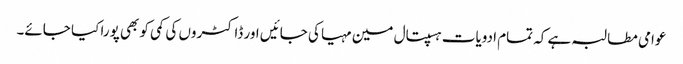
عوامی مطالبہ ہے کہ تمام ادویات ہسپتال مین مہیا کی جائیں اور ڈاکٹروں کی کمی کو بھی پورا کیا جائے۔